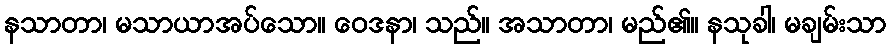
နသာတာ၊ မသာယာအပ်သော။ ဝေဒနာ၊ သည်။ အသာတာ၊ မည်၏။ နသုခါ၊ မချမ်းသာ